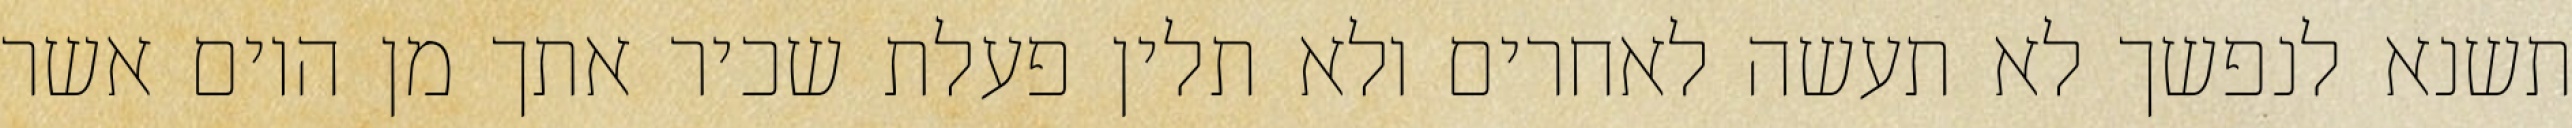
תשנא לנפשך לא תעשה לאחרים ולא תלין פעלת שכיר אתך מן היום אשר